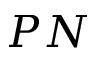
P N